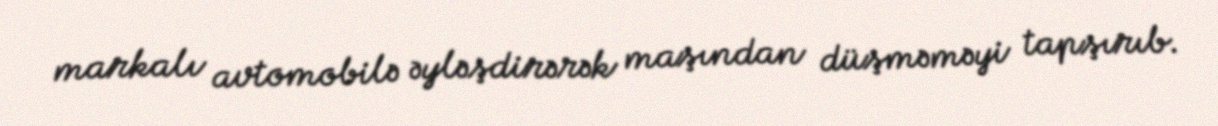
markalı avtomobilə əyləşdirərək maşından düşməməyi tapşırıb.